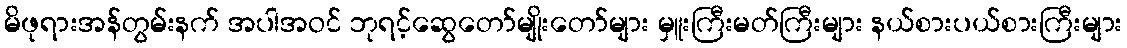
မိဖုရားအန်တွမ်းနက် အပါအဝင် ဘုရင့်ဆွေတော်မျိုးတော်များ မှူးကြီးမတ်ကြီးများ နယ်စားပယ်စားကြီးများ